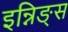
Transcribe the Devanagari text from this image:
इन्निङ्स